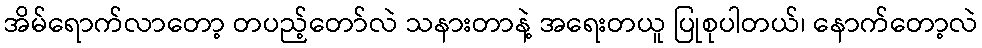
အိမ်ရောက်လာတော့ တပည့်တော်လဲ သနားတာနဲ့ အရေးတယူ ပြုစုပါတယ်၊ နောက်တော့လဲ